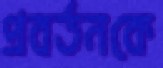
প্রবর্তনকে